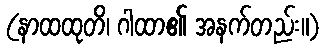
(နာထထုတိ၊ ဂါထာ၏ အနက်တည်း။)